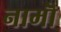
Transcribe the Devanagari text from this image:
नामॊं